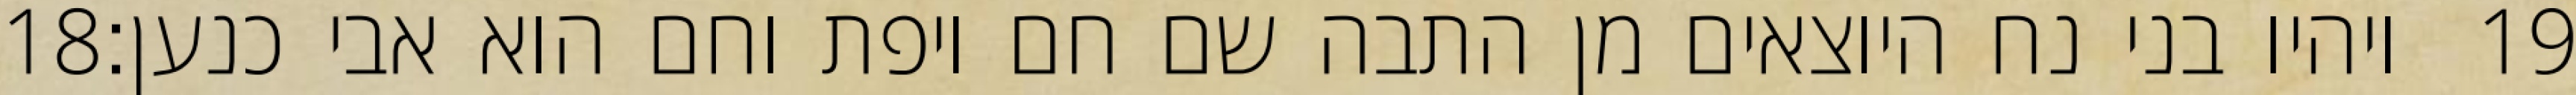
‎18‏ ויהיו בני נח היוצאים מן התבה שם חם ויפת וחם הוא אבי כנען׃ ‎19‏